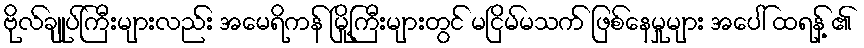
ဗိုလ်ချုပ်ကြီးများလည်း အမေရိကန် မြို့ကြီးများတွင် မငြိမ်မသက် ဖြစ်နေမှုများ အပေါ် ထရန့် ၏